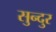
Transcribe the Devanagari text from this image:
सुन्दुर